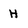
Character: H